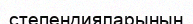
степендияларының